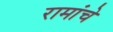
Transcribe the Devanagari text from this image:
रामांचे